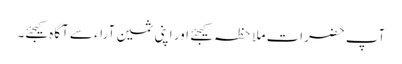
آپ حضرات ملاحظہ کیجئے اور اپنی ثمین آراء سے آگاہ کیجئے۔